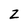
Character: z